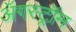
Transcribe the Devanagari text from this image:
ॲगस्ट्रॉम